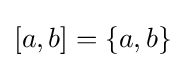
[a,b]=\{a,b\}